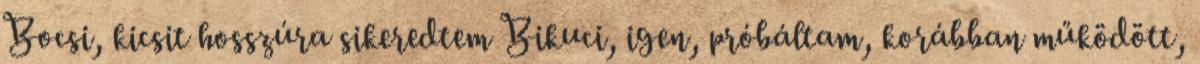
Bocsi, kicsit hosszúra sikeredtem Bikuci, igen, próbáltam, korábban működött,